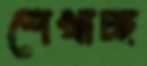
শেখাচ্ছ